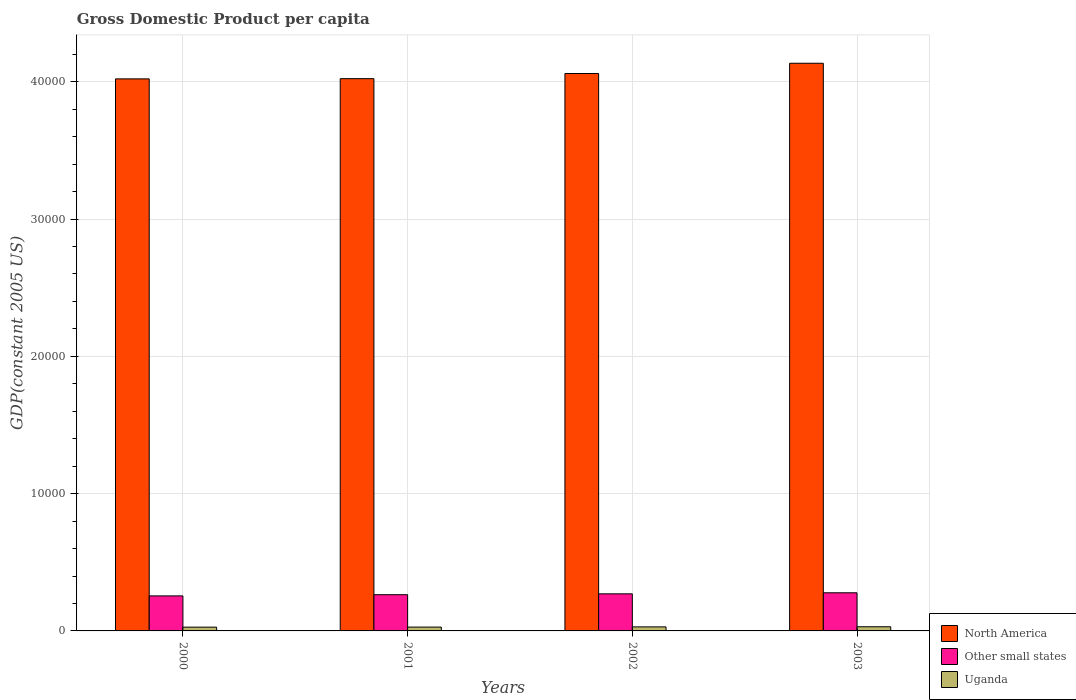
| Years | North America | Other small states | Uganda |
 | --- | --- | --- | --- |
 | 2000 | 4.02e+04 | 2.55e+03 | 274 |
 | 2001 | 4.02e+04 | 2.64e+03 | 279 |
 | 2002 | 4.06e+04 | 2.7e+03 | 294 |
 | 2003 | 4.13e+04 | 2.78e+03 | 303 |